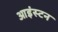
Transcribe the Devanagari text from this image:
आइंस्टन